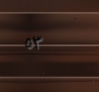
٥٣